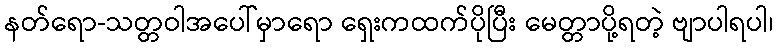
နတ်ရော-သတ္တဝါအပေါ်မှာရော ရှေးကထက်ပိုပြီး မေတ္တာပို့ရတဲ့ ဗျာပါရပါ၊